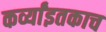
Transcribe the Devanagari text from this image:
कर्व्यांइतकाच